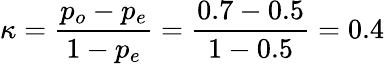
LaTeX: \kappa={\frac{p_{o}-p_{e}}{1-p_{e}}}={\frac{0.7-0.5}{1-0.5}}=0.4